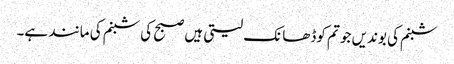
شبنم کی بوندیں جو تم کوڈھانک لیتی ہیں صبح کی شبنم کی مانند ہے۔